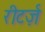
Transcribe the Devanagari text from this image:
रीटर्ज़